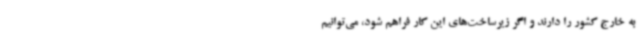
به خارج کشور را دارند و اگر زیرساخت‌های این کار فراهم شود، می‌توانیم